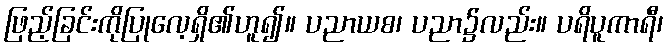
ဖြည့်ခြင်းကိုပြုလေ့ရှိ၏ဟူ၍။ ပညာယစ၊ ပညာ၌လည်း။ ပရိပူကာရီ၊